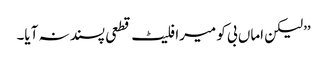
’’لیکن اماں بی کو میرا فلیٹ قطعی پسند نہ آیا۔